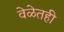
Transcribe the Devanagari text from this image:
वेळेतही